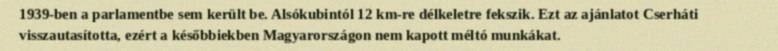
1939-ben a parlamentbe sem került be. Alsókubintól 12 km-re délkeletre fekszik. Ezt az ajánlatot Cserháti visszautasította, ezért a későbbiekben Magyarországon nem kapott méltó munkákat.